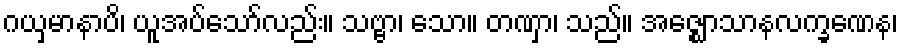
ဂယှမာနာပိ၊ ယူအပ်သော်လည်း။ သဗ္ဗာ၊ သော။ တဏှာ၊ သည်။ အဇ္ဈောသာနလက္ခဏေန၊